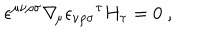
LaTeX: \epsilon ^ { \mu \nu \rho \sigma } \nabla _ { \! \mu } { \epsilon _ { \nu \rho \sigma } } ^ { \tau } H _ { \tau } = 0 \ ,